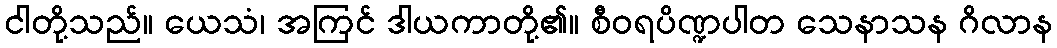
ငါတို့သည်။ ယေသံ၊ အကြင် ဒါယကာတို့၏။ စီဝရပိဏ္ဍပါတ သေနာသန ဂိလာန